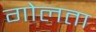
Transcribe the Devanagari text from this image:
गोलता